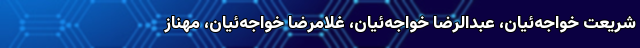
شریعت خواجه‌ئیان، عبدالرضا خواجه‌ئیان، غلامرضا خواجه‌ئیان، مهناز